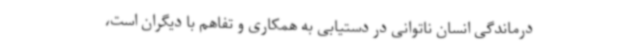
درماندگی انسان ناتوانی در دستیابی به همکاری و تفاهم با دیگران است،